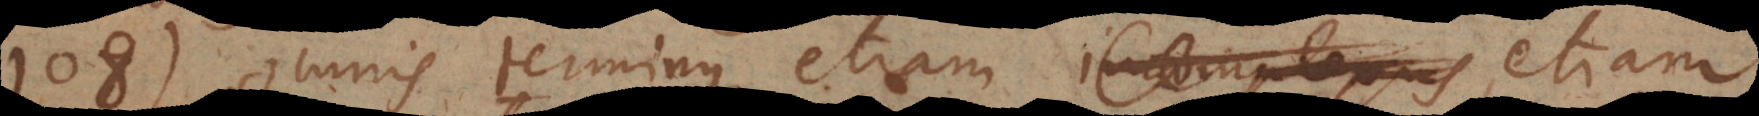
108) Omnis terminus etiam incomplexus potest